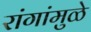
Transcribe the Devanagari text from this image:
रांगांमुळे